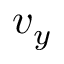
v _ { y }